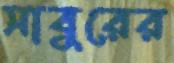
সাবুরের